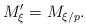
LaTeX: \begin{align*}M'_{\xi} = M_{\xi/p}.\end{align*}